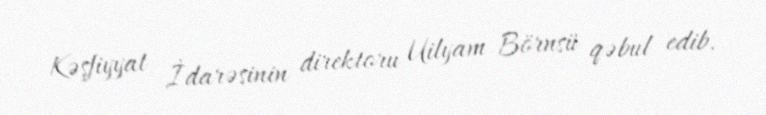
Kəşfiyyat İdarəsinin direktoru Uilyam Börnsü qəbul edib.